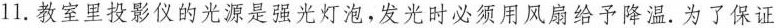
11. 教室里投影仪的光源是强光灯泡，发光时必须用风扇给予降温。为了保证